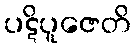
ပဋိပူဇေတိ